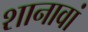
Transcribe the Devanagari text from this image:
शानावां